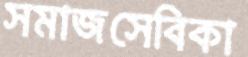
সমাজসেবিকা